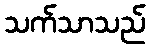
သက်သာသည်